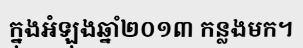
ក្នុងអំឡុងឆ្នាំ២០១៣ កន្លងមក។